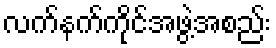
လက်နက်ကိုင်အဖွဲ့အစည်း